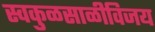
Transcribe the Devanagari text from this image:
स्वकुळसाळीविजय